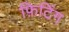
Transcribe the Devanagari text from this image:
फ़िटिंग